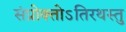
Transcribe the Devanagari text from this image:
संप्रोक्तोऽतिरथस्तु